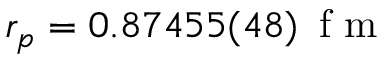
r _ { p } = 0 . 8 7 4 5 5 ( 4 8 ) \, \textrm { f m }